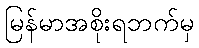
မြန်မာအစိုးရဘက်မှ